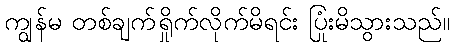
ကျွန်မ တစ်ချက်ရှိုက်လိုက်မိရင်း ပြုံးမိသွားသည်။